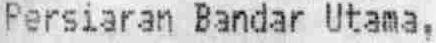
PERSIARAN BANDAR UTAMA,